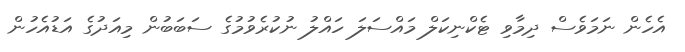
އެހެން ނަމަވެސް ދިމާވި ޓެކްނިކަލް މައްސަލަ ހައްލު ނުކުރެވުމުގެ ސަބަބުން މިއަދުގެ އަޑުއެހުން